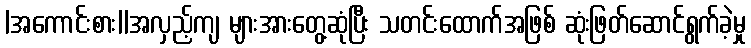
|အကောင်းစား||အလှည့်ကျ များအားတွေ့ဆုံပြီး သတင်းထောက်အဖြစ် ဆုံးဖြတ်ဆောင်ရွက်ခဲ့မှု